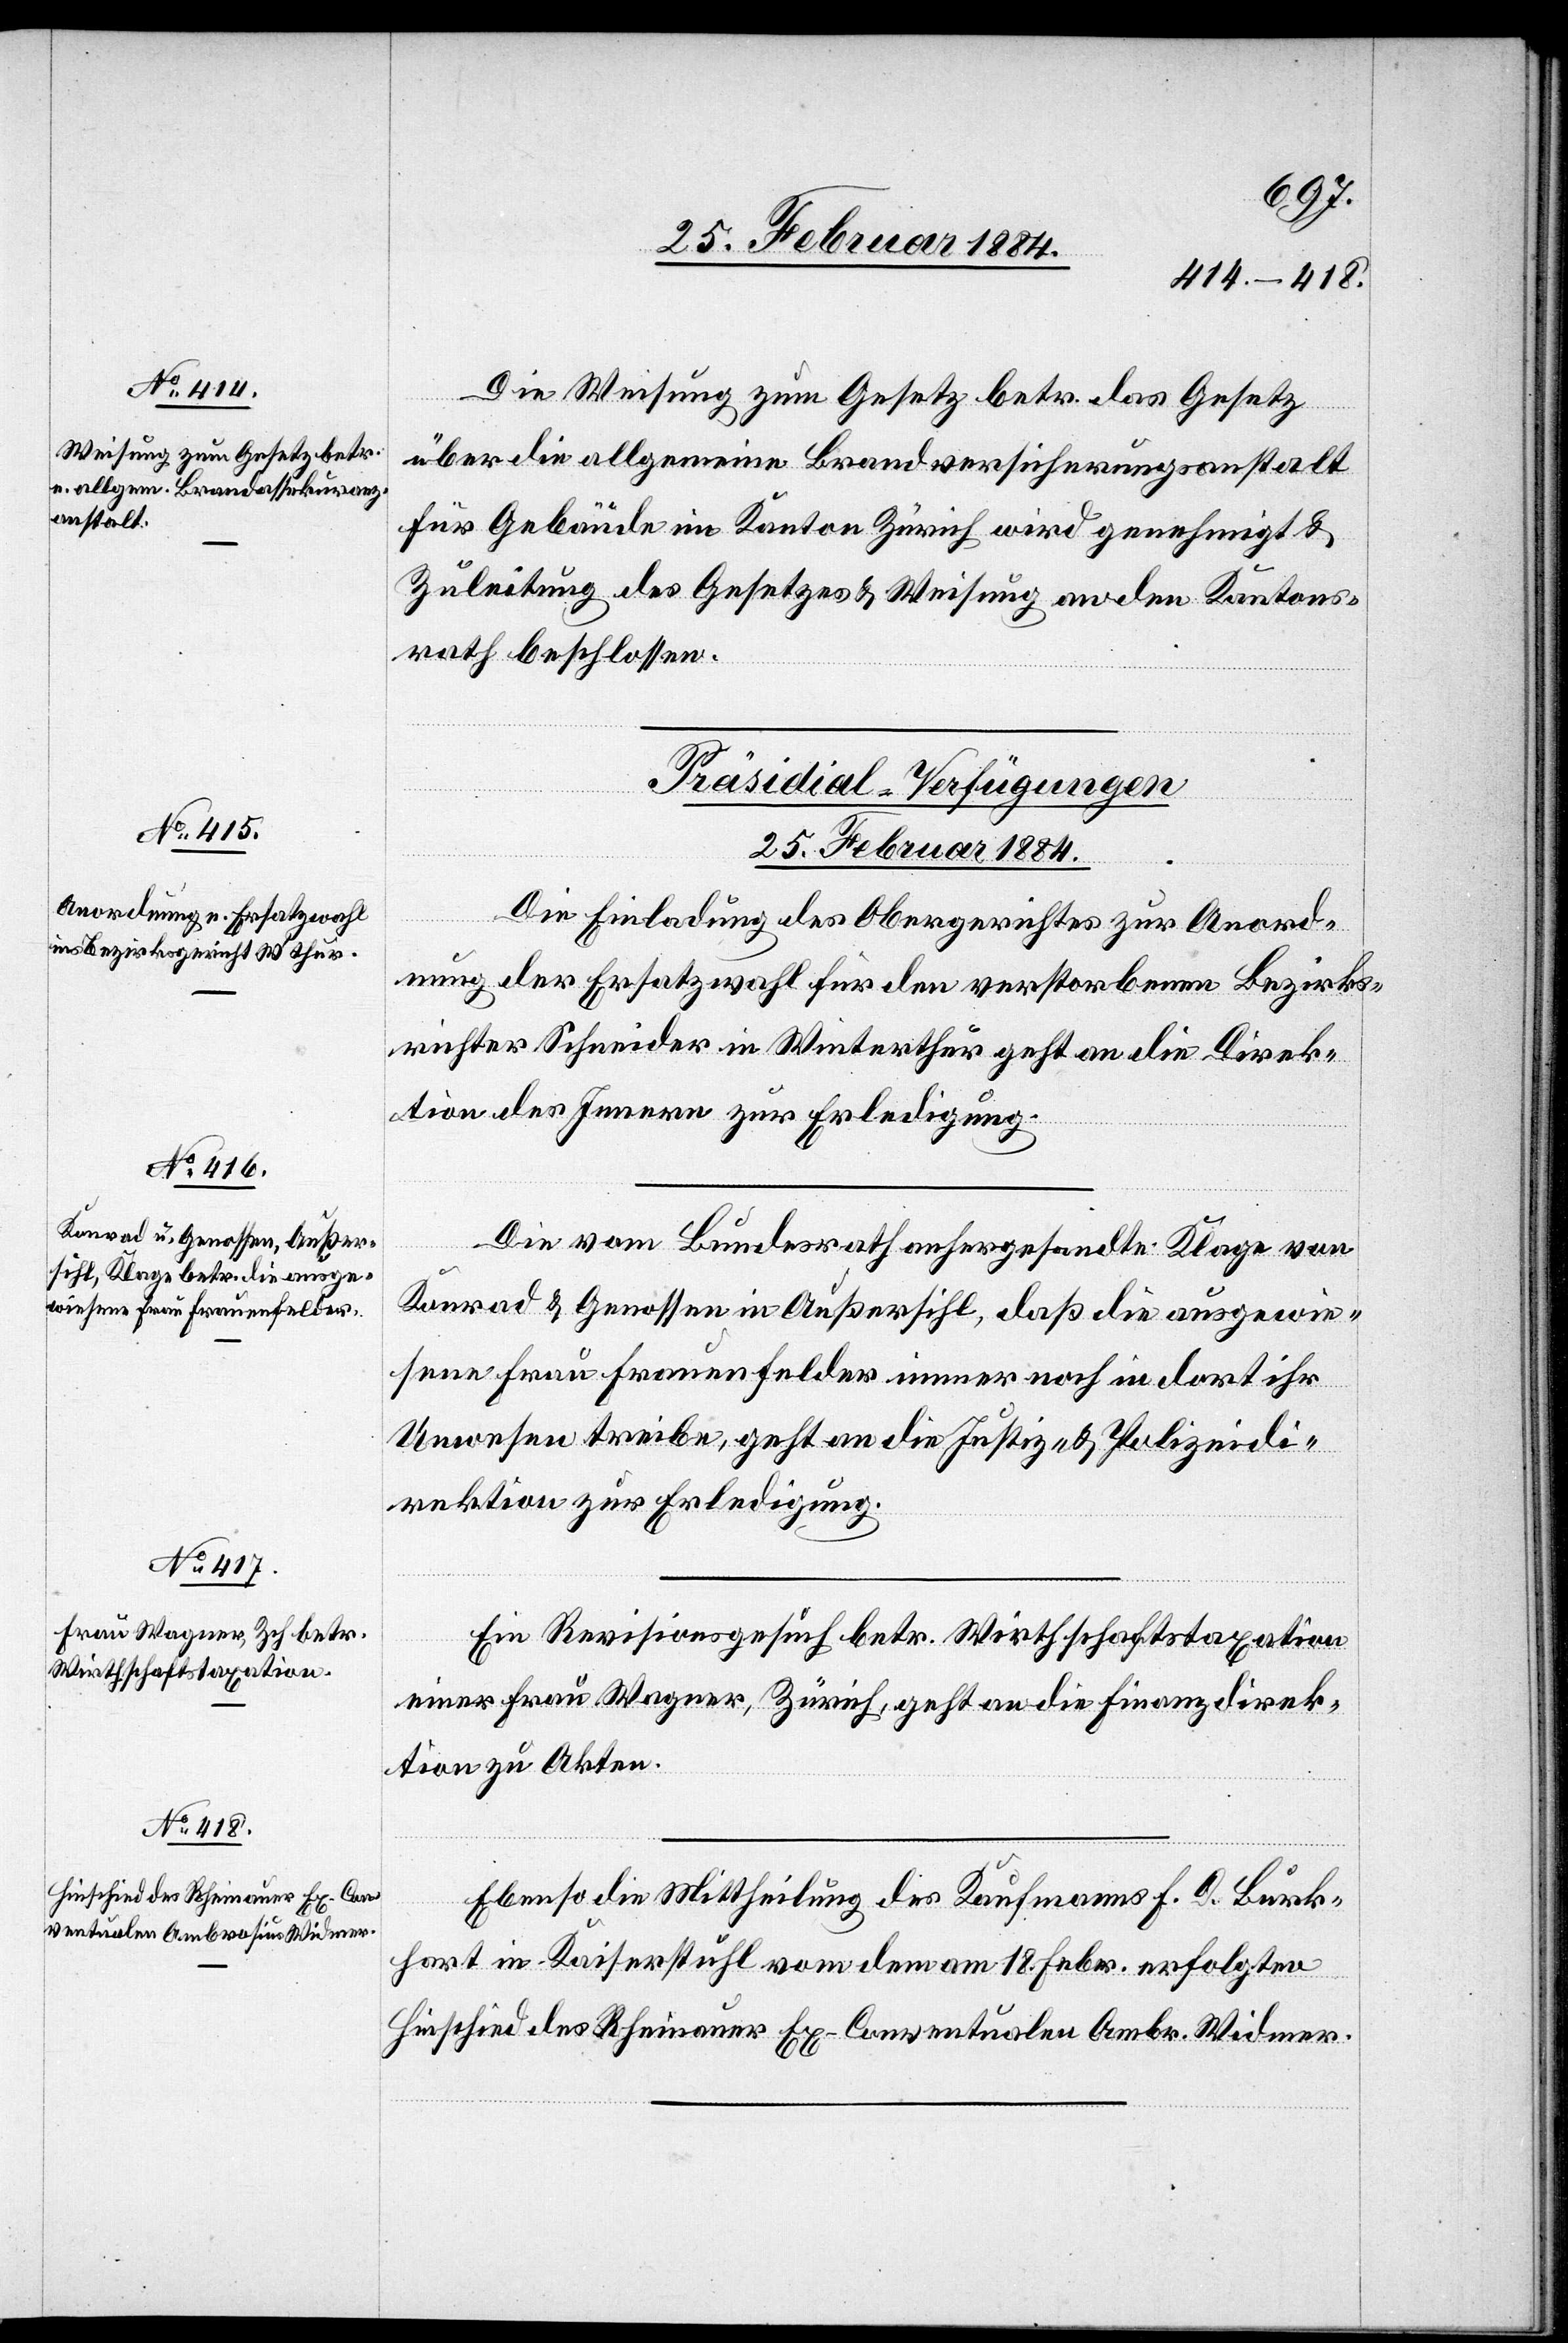
Die Weisung zum Gesetz betr. das Gesetz
über die allgemeine Brandversicherungsanstalt
für Gebäude im Kanton Zürich wird genehmigt &
Zuleitung des Gesetzes & Weisung an den Kantons¬
rath beschlossen.
[Präsidial-Verfügungen
25. Februar 1884.]
Die Einladung des Obergerichtes zur Anord¬
nung der Ersatzwahl für den verstorbenen Bezirks¬
richter Schneider in Winterthur geht an die Direk¬
tion des Innern zur Erledigung.
Die vom Bundesrath anhergesandte Klage von
Konrad & Genossen in Außersihl, daß die ausgewie¬
sene Frau Frauenfelder immer noch in dort ihr
Unwesen treibe, geht an die Justiz- & Polizeidi¬
rektion zur Erledigung.
Ein Revisionsgesuch betr. Wirthschaftstaxation
einer Frau Wagner, Zürich, geht an die Finanzdirek¬
tion zu Akten.
Ebenso die Mittheilung des Kaufmanns F. D. Burk¬
hart in Kaiserstuhl vom dem am 18. Febr. erfolgten
Hinschied des Rheinauer Ex-Conventualen Ambr. Widmer.